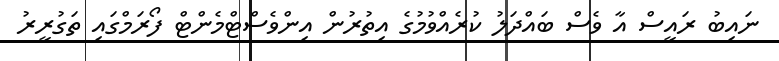
ނައިބު ރައީސް އާ ވެސް ބައްދަލު ކުރެއްވުމުގެ އިތުރުން އިންވެސްޓްމެންޓް ފޯރަމްގައި ތަގުރީރު